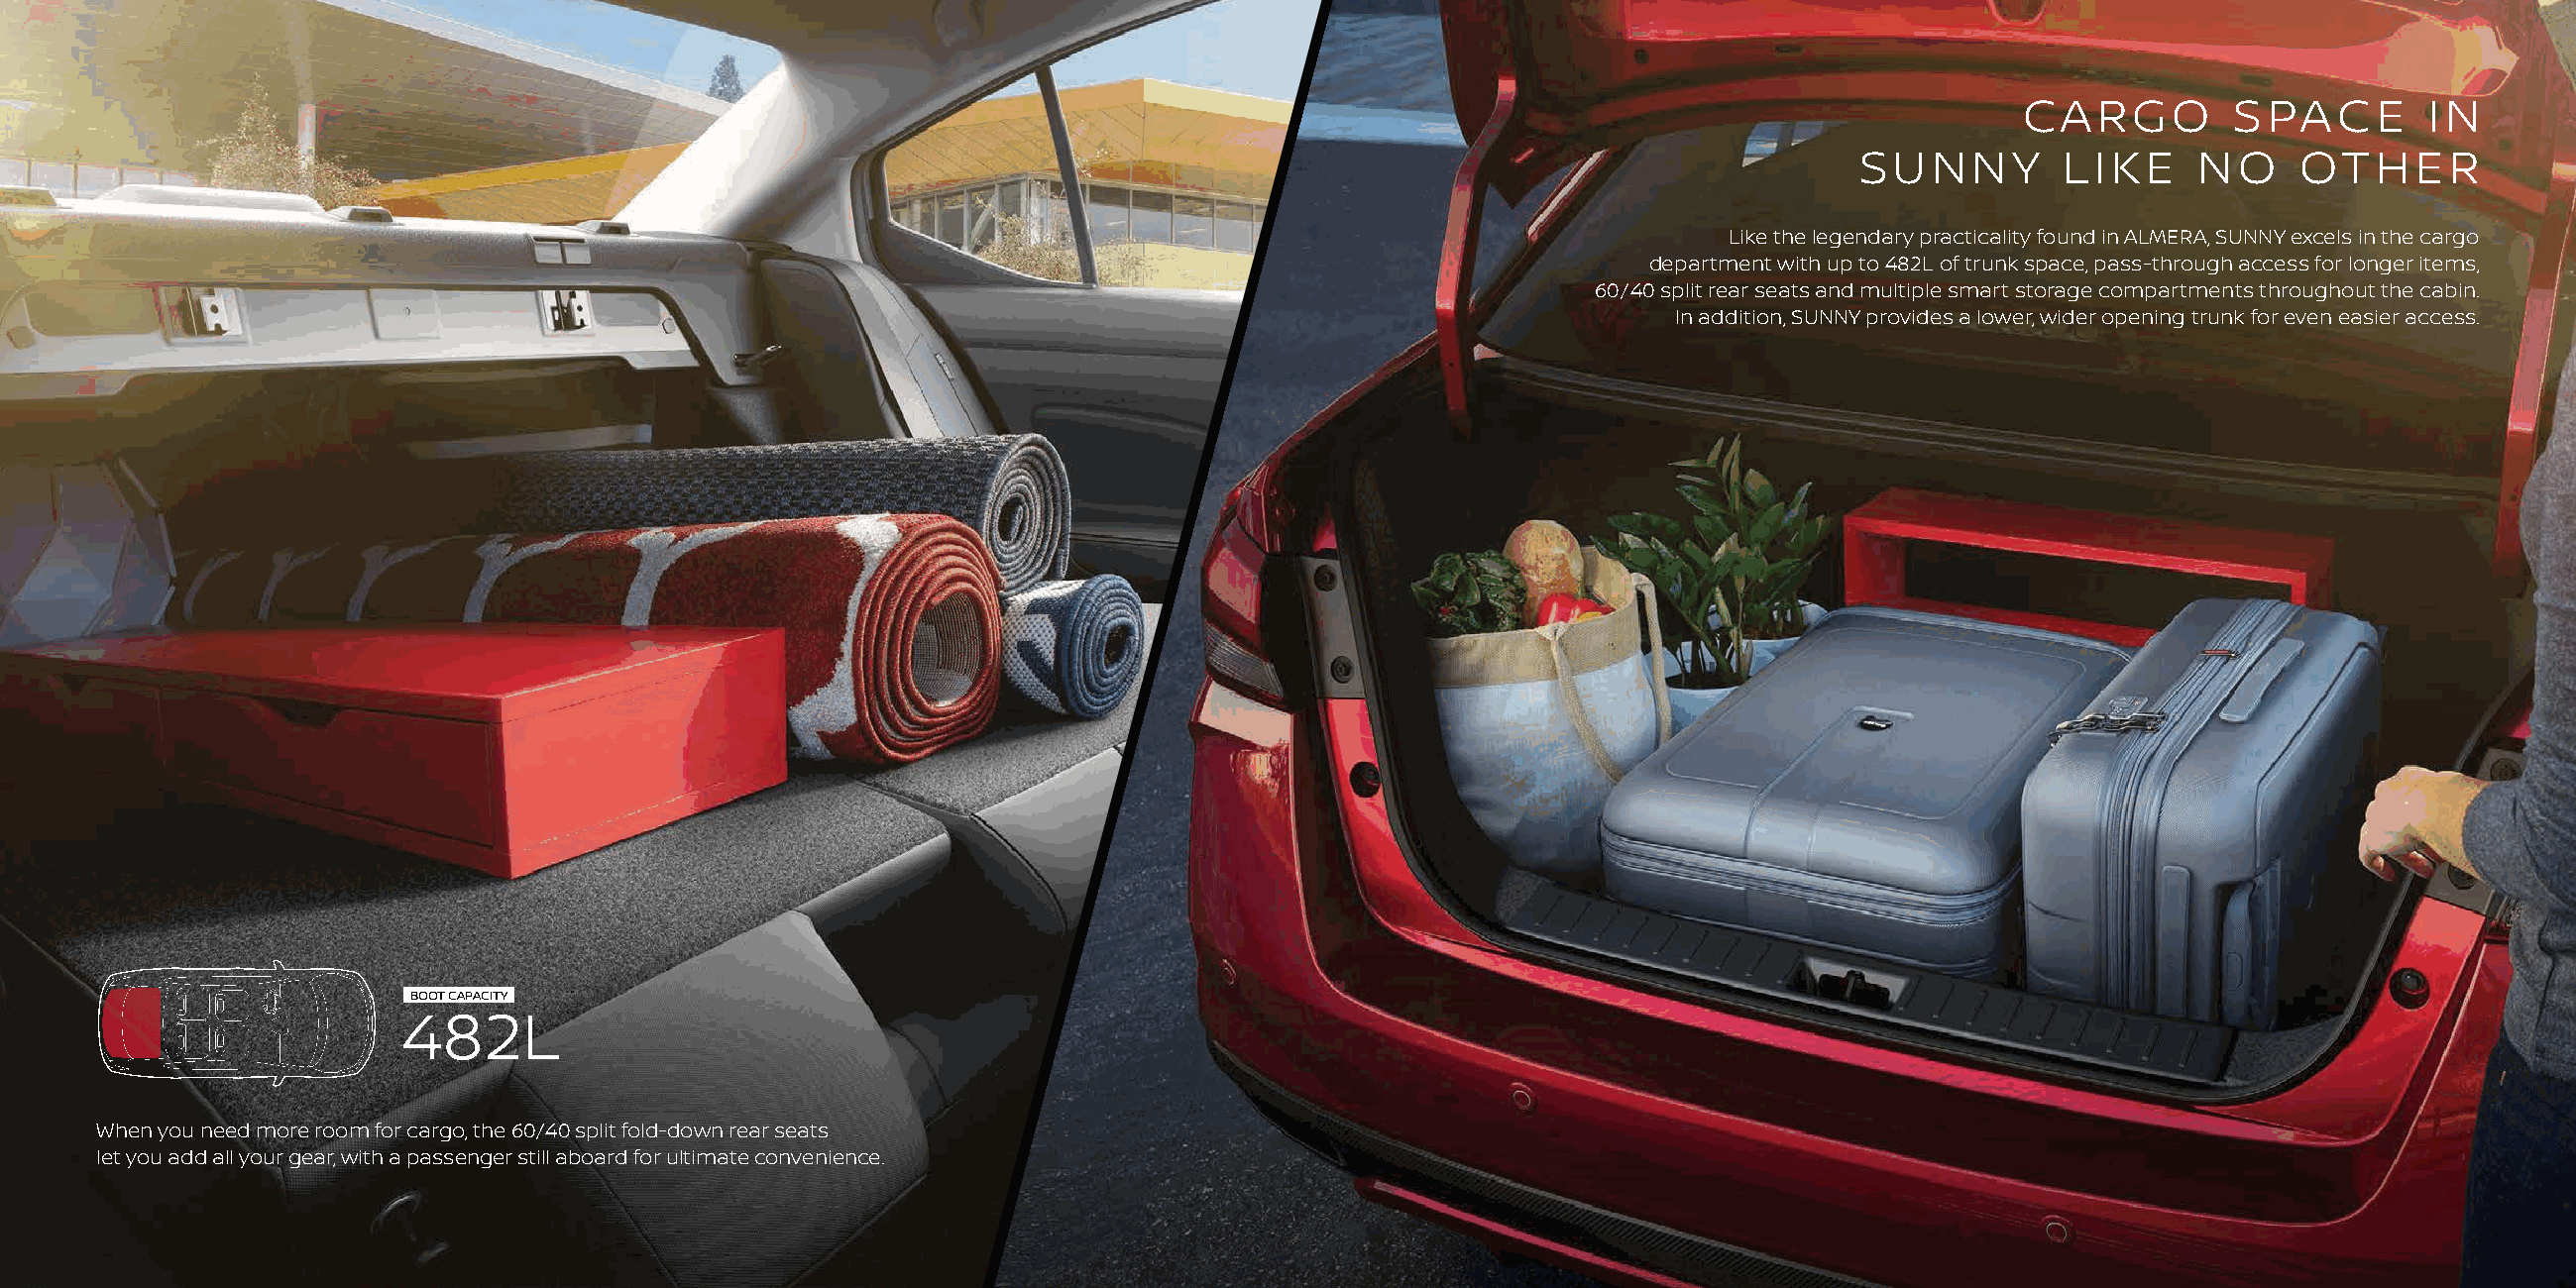
CARGO         SPACE        IN
 SUNNY         LIKE     NO     OTHER
 Like the legendary practicality found in ALMERA, SUNNY excels in the cargo
 department with up to 482L of trunk space, pass-through access for longer items,
 60/40 split rear seats and multiple smart storage compartments throughout the cabin.
 In addition, SUNNY provides a lower, wider opening trunk for even easier access.
 BOOT CAPACITY
 482L
 When you need more room for cargo, the 60/40 split fold-down rear seats
 let you add all your gear, with a passenger still aboard for ultimate convenience.